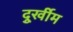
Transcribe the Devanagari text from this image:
दुूर्खीम